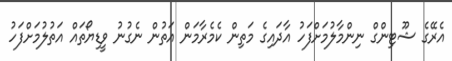
އެރޭގެ ޝޫޓިންގް ނިންމާލުމަށްފަހު އާދައިގެ މަތިން ކެމެރާމަން އަތުން ނެގުނު ވީޑިޔޯތައް އަތުލުމަށްފަހު